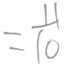
= \frac { 1 1 } { 1 0 }